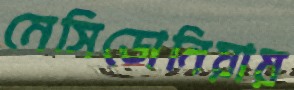
মেসিডোনিয়ায়